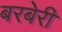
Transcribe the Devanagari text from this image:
बरबेरी